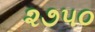
૨૭૫૦